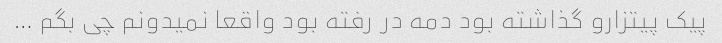
پیک پیتزارو گذاشته بود دمه در رفته بود واقعا نمیدونم چی بگم …